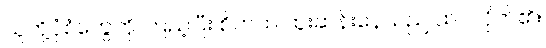
သူတို့ပုံစံတွေကို ကြည့်ပြီး စိတ်ထဲ ထူးဆန်းနေသည် ထင်လိုက်၏။